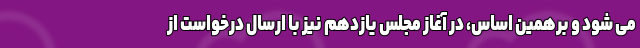
می شود و برهمین اساس، در آغاز مجلس یازدهم نیز با ارسال درخواست از